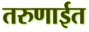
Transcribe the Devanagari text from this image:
तरुणाईत